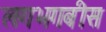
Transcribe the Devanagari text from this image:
लगभगबीस